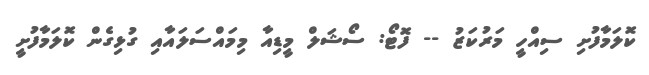
ކޮލަމާފުށި ސިއްހީ މަރުކަޒު -- ފޮޓޯ: ސޯޝަލް މީޑިއާ މިމައްސަލައާއި ގުޅިގެން ކޮލަމާފުށީ